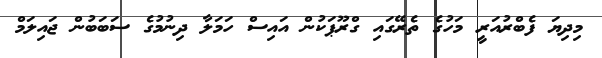
މިދިޔަ ފެބްރުއަރީ މަހުގެ ތެރޭގައި ގްރޫޕަކުން އައިސް ހަމަލާ ދިނުމުގެ ސަބަބުން ޖައިލަމް